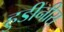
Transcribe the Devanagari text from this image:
हुडीनीस्